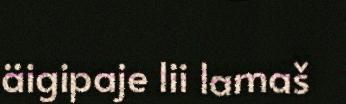
äigipaje lii lamaš